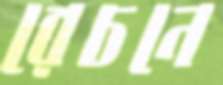
রেচনে